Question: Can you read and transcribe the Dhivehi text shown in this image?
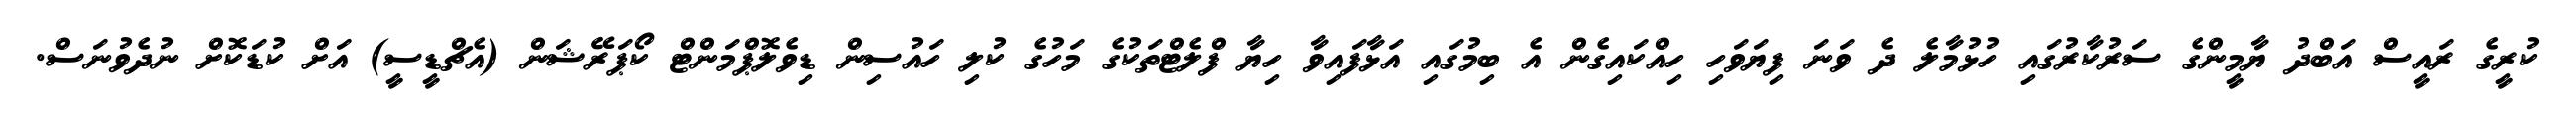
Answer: ކުރީގެ ރައީސް އަބްދު ޔާމީންގެ ސަރުކާރުގައި ހުޅުމާލެ ދެ ވަނަ ފިޔަވަހި ހިއްކައިގެން އެ ބިމުގައި އަޅާފައިވާ ހިޔާ ފްލެޓްތަކުގެ މަހުގެ ކުލި ހައުސިން ޑިވެލޮޕްމަންޓް ކޯޕަރޭޝަން (އެޗްޑީސީ) އަށް ކުޑަކޮށް ނުދެވުނަސް.